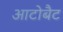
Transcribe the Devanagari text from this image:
आटोबैट